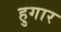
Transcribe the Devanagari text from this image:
हुगार